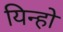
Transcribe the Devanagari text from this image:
यिन्हो